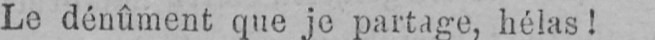
Le dénûment que je partage, hélas!